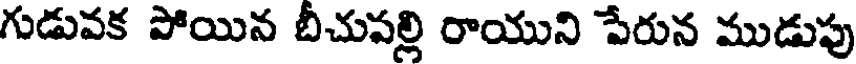
గుడువక పోయిన బీచుపల్లి రాయుని పేరున ముడుపు